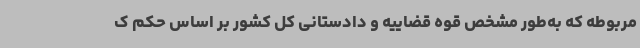
مربوطه که به‌طور مشخص قوه قضاییه و دادستانی کل کشور بر اساس حکم ک